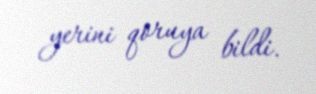
yerini qoruya bildi.